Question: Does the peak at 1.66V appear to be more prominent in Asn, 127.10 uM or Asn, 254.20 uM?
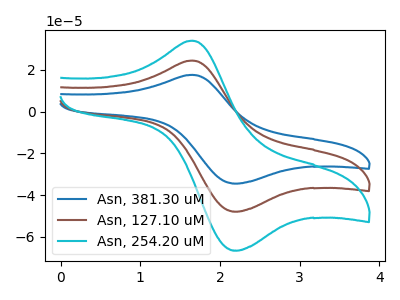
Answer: <think>The blue curve "Asn, 381.30 uM" has an anodic peak at (1.65V, 48.90uA) and a cathodic peak at (2.20V, -95.75uA). The brown curve "Asn, 127.10 uM" has an anodic peak at (1.65V, 24.45uA) and a cathodic peak at (2.20V, -47.90uA). The cyan curve "Asn, 254.20 uM" has an anodic peak at (1.65V, 33.95uA) and a cathodic peak at (2.20V, -66.55uA).</think>
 <answer>The peak at 1.66V is lower in "Asn, 127.10 uM" than in "Asn, 254.20 uM".</answer>
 <eval>lower</eval>